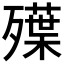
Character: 𣩨